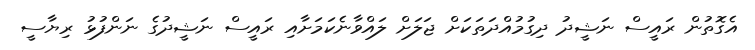
އެގޮތުން ރައީސް ނަޝީދު ދިގުމުއްދަތަކަށް ޖަލަށް ލައްވާނެކަމަށާއި ރައީސް ނަޝީދުގެ ނަންފުޅު ރިޔާސީ